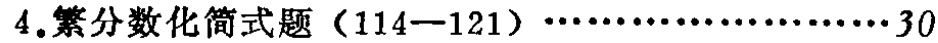
4.繁分数化简式题（114—121）…………………30